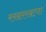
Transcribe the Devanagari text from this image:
रखरखत्या